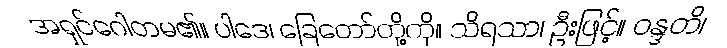
အရှင်ဂေါတမ၏။ ပါဒေ၊ ခြေတော်တို့ကို။ သိရသာ၊ ဦးဖြင့်။ ဝန္ဒတိ၊